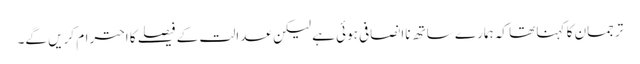
ترجمان کا کہنا تھا کہ ہمارے ساتھ ناانصافی ہوئی ہے لیکن عدالت کے فیصلے کا احترام کریں گے۔